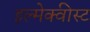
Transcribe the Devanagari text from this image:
इल्मेक्वीस्ट